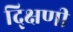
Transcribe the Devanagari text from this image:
द्क्षिणी